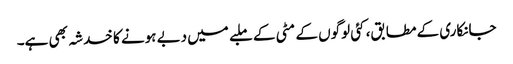
جانکاری کے مطابق، کئی لوگوں کے مٹی کے ملبے میں دبے ہونے کا خدشہ بھی ہے۔